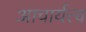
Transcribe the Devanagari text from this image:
आचार्यत्त्व